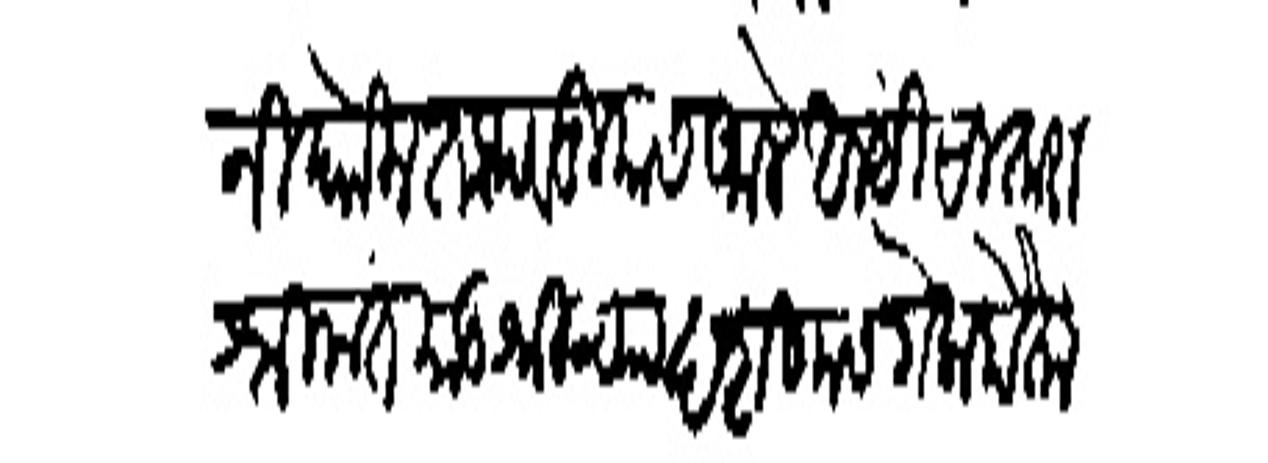
Transliteration (Devanagari): निधोन ताथवडियास आले आम्ही सातारा श्रीमंत मातुश्रीच्या दर्शणास गेलो होतो